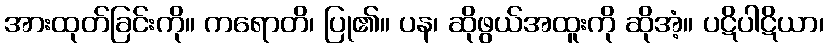
အားထုတ်ခြင်းကို။ ကရောတိ၊ ပြု၏။ ပန၊ ဆိုဖွယ်အထူးကို ဆိုအံ့။ ပဋိပါဋိယာ၊